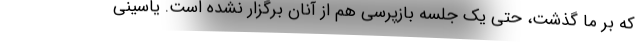
که بر ما گذشت، حتی یک جلسه بازپرسی هم از آنان برگزار نشده است. یاسینی